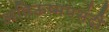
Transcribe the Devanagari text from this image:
अतिऊष्मपसंदी